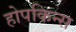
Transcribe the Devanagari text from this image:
होपकिन्स